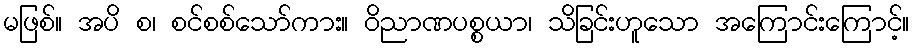
မဖြစ်။ အပိ စ၊ စင်စစ်သော်ကား။ ဝိညာဏပစ္စယာ၊ သိခြင်းဟူသော အကြောင်းကြောင့်။